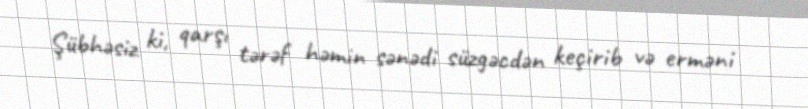
Şübhəsiz ki, qarşı tərəf həmin sənədi süzgəcdən keçirib və erməni